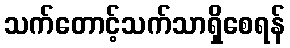
သက်တောင့်သက်သာရှိစေရန်